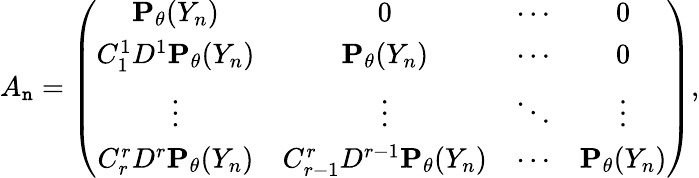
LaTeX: A_{\mathtt{n}}=\left(\begin{array}{cccc}{{\mathbf P}_{\theta}(Y_{n})}&{0}&{\cdots}&{0}\\ {C_{1}^{1}D^{1}{\mathbf P}_{\theta}(Y_{n})}&{{\mathbf P}_{\theta}(Y_{n})}&{\cdots}&{0}\\ {\vdots}&{\vdots}&{\ddots}&{\vdots}\\ {C_{r}^{r}D^{r}{\mathbf P}_{\theta}(Y_{n})}&{C_{r-1}^{r}D^{r-1}{\mathbf P}_{\theta}(Y_{n})}&{\cdots}&{{\mathbf P}_{\theta}(Y_{n})}\end{array}\right),